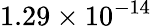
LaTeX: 1.29\times 10^{-14}